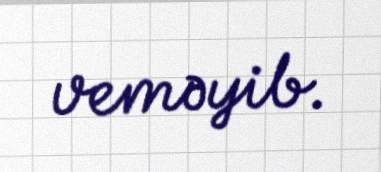
veməyib.